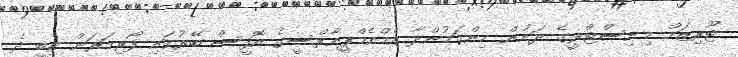
ޓޫރިޒަމް މިނިސްޓްރީގެ ދަށުން ހިންގަމުންދާ އެމްއެމްޕީއާރްސީގެ އޮފީސް ބޭރުގައި ފޯރިމަރަން ތިބީ ދެ